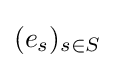
(e_{s})_{s\in S}